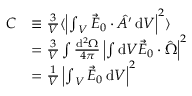
\begin{array} { r l } { C } & { \equiv \frac { 3 } { V } \langle \left\vert { \int } _ { V } \, \vec { E } _ { 0 } \cdot \hat { A ^ { \prime } } \, \mathrm { d } V \right\vert ^ { 2 } \rangle } \\ & { = \frac { 3 } { V } \int \frac { \mathrm { d } ^ { 2 } \Omega } { 4 \pi } \left\vert \int \mathrm { d } V \vec { E } _ { 0 } \cdot \hat { \Omega } \right\vert ^ { 2 } } \\ & { = \frac { 1 } { V } \left\vert { \int } _ { V } \, \vec { E } _ { 0 } \, \mathrm { d } V \right\vert ^ { 2 } } \end{array}